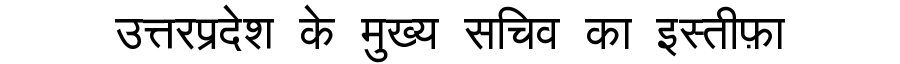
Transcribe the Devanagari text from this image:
उत्तरप्रदेश के मुख्य सचिव का इस्तीफ़ा